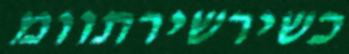
כשירשירתוומ